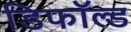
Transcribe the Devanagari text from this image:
डिफॉल्ड